Vital statistics of India. Vol. IV, Annual returns from 1871 to 1876. British Army of India, Native Army and jails of Bengal
Year: 1871
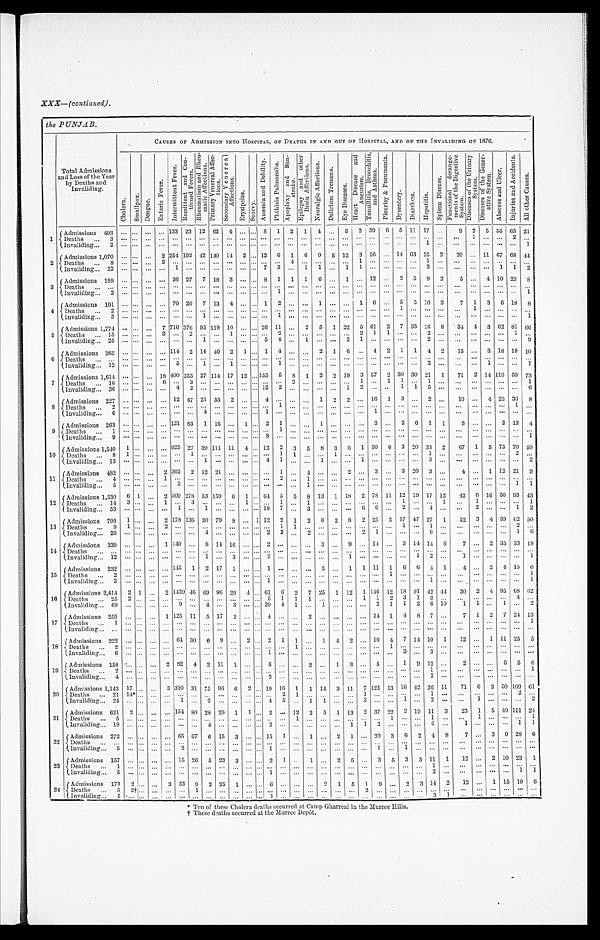
XXX—(continuted).
the PUNJAB.
Total Admissions
and Loss of the Year
by Deaths and
Invaliding .
CAUSES OF ADMISSION INTO HOSPITAL, OF DEATHS IN AND OUT OF HOSPITAL, AND OF THE INVALIDING OF 1876.
C h o l e r a .
S m a l l p o x . D e n g u e .
E n t e r i c F e v e r .
I n t e r m i t t e n t F e v e r .
R e m i t t e n t a n d C o n t i n u e d F e v e r s . R h e u m a t i s m a n d R h e u m a t i c A f f e c t i o n . p r i m a r y V e n e r a l A f f e c t i o n s . S e c o n d a r y V e n e r a l A f f e c t i o n s .
E r y s i p e l a s .
S c u r v y .
A n æ m i a a n d D e b i l i t y . p h t h i s i s P u l m o n a l i s . A p o p l e x y a n d S u n s t r o k e .
E p i l e p s y a n d o t h e r B r a i n A f f e c t i o n .
N e u r a l g i c A f f e c t i o n .
D e l i r i u m T r e m e n a .
E y e D i s e a s e s .
H e a r t D i s e a s e s a n d A n e u r i s m .
T o n s i l i t i s B r o n e h i t s , a n d A s t h m a .
P l e u r i s y & P n e u m o n i a .
D y s e n t e r y .
D i a r r h œ a . H e p a t i t i s .
S p l e e n D i s e a s e s .
F u n c t i o n a l d e r a n g e m e n t s o f t h e D i g e s t i v e S y s t e m .
D i s e a s e s o f t h e U n i a r y S y s t e m .
D i s e a s e s o f t h e G e n e r a t i v e S y s t e m .
A b s c e s s a n d U l c e r .
I n j u r i e s a n d A c c i d e n t s .
A l l o t h e r C a u s e s . A l l o t h e r C a u s e s .
1 Admissions 493 ...
. . . ... ...
1 3 3 23 12 69 4 ... ... 8 1 2 1 4 ... 5 2 39 6 5 11 17 ...
9 2 5 56 65 21
Deaths ... 3
. . . . . . . . . ...
. . .
. . . . . . . . . . . . . . . ... . . . . . . . . . . . . . . . . . .
. . . . . . . . .
...
. . . . . . . . . . . .
. . . 1 . . . . . . 2 . . .
Invaliding... 2
. . . . . . . . . ...
. . .
. . . . . . . . . . . . . . . ... . . . . . . . . . . . . . . . . . .
. . . . . . . . .
...
. . . . . . 1
. . .
. . . . . . . . . . . . . . 1
2
Admissions 1,070 ...
. . . ... 2 254 192 42 140 14 2 ... 12 6 1 6 9 5 12 3 56 ... 14 63 25 2
20 ... 11 67 68 4 4
Deaths ... 8
. . . . . . . . . 2
. . . . . . . . . . . .
. . . . . .
... . . . . . . 4
. . . . . . . . . . . . 1
. . .
...
. . . . . . 1
. . .
. . . . . . . . . . . . . . .
. . .
Invaliding... 22 ...
. . . ... ... 1 ... ... ... .. .. ... 7
3 . . . 1 1
. . . 1 1
. . .
...
. . . . . . 3
. . .
. . . . . . . . . 1 1
2
3
Admissions 189 ...
. . . ... ... 36 27 7 18 3 ... ... 8 1 1 1 6 ... 1 ... 12 ... 2 5 9 2
5 ... 4 10 23 8
Deaths ... ....
. . . . . . . . . ...
. . . . . . . . . . . . . . .
. . .
... . . . . . . . . . . . . . . . . . . . . . . . . . . .
...
. . . . . . . . .
. . .
. . . . . . . . . . . . . . .
. . .
Invaliding... 2
. . . . . . ... ...
. . . . . . . . . . . . ...
. . .
... . . . 1 . . . ... ... ... ... ... ... ...
. . . ... ... ... ... ... ... ...
. . . 1
4
Admissions 191
. . . . . . . ... ... 70 20 7 13 4 ... ... 1 2 ... ... 1 ... ... 1 6 ... 5 5 10 3
7 1 3 6 18 8
Deaths ... 2
. . . . . . . . . ...
. . . . . . . . . . . .
. . . . . .
... . . . . . . . . . . . . . . . . . . . . . . . . . . .
..
1
. . . . . . . . .
. . . 1 . . . . . . . . .
. . .
Invaliding... 3
. . . . . . . . . ...
. . . . . . 1 . . .
. . . . . .
... . . . 1 . . . . . . . . . . . . . . . . . . . . .
...
. . . . . . . . . . . .
. . . . . . . . . . . . . . .
1
5
Admissions 1,774 . . .
. . . ... 7 716 376 95 119 10 ... ... 26 11 ... 2 5 1 22 5 61 2 7 35 16 8
34 4 3 62 81 66
Deaths ... 15 ...
. . . . . . 3
. . . 2
. . . . . .
1 . . .
... . . . 2 . . . . . . . . . . . . . . . 2
1 1
. . . . . . 2
. . .
. . . . . . . . . . . . 1
. . .
Invaliding. ... 25 ...
. . . . . . ...
. . . . . . 1 . . .
. . . . . .
... 5
4 . . . 1 . . . . . . 2 1
. . .
...
. . . . . . 2
. . .
. . . . . . . . . . . . . . .
9
6
Admissions 265 ...
. . . ... ... 114 2 14 40 2 1 ... 1 4 ... ... 2 1 6 ... 4 2 1 1 4 2
15 ... 3 18 18 10
Deaths ... ...
. . . . . . . . . ...
. . . . . . . . . . . . . . . . . .
... . . . . . . . . . . . . . . . . . . . . . ... ... ...
. . .
. . . . . . ...
. . . ... ... ... ...
. . .
Invaliding... 12 ...
. . . ... ... 5 ... 1 ... 1 ... ... ... 1
. . . . . . . . .
. . . . . . . . . . . .
...
. . . . . . 2
. . .
. . . . . . 1
. . . . . .
1
7
Admissions 1,614
. . . . . . . . . 18 4 0 0 353 27 114 17 1 2 ... 155. 5
8 1 2 2 19 3 57 2 30 30 21 1
71 2 14 119 58 73
Deaths ... 16
. . . . . . . . . 6
. . . 3
. . . . . . . . . . . .
... . . . . . . 2
. . . . . . . . . . . . 1
. . .
1
1
. . . 1
. . .
. . . . . . . . . . . . . . .
1
Invaliding... 36 ... . . . ... ... 4 2 ... ... ... ... ... 12
2 . . . . . . . . . . . . 1 2
. . .
...
1
1 5
. . .
. . . . . . . . . . . . . . .
6
8
Admissions 227 . . . . . . ... ... 12 47 21 33 2 ... ... 4 ... ... ... 1 2 2 ... 16 1 3 ... 2 ... 10 ... 4 23 36
8
Deaths ....
2 . . . . . . . . . ...
. . . . . . . . . . . . . . . . . .
... . . . 1 . . . . . . . . . . . . . . . . . . . . . . . . . . . . . . . . . . . .
. . . . . . . . . . . . 1
. . .
Invaliding... 6 . . . . . . . . . ...
. . . . . . 4
. . . . . . . . .
... 1
. . . . . . . . .
. . . . . . . . . . . . 1
. . . . . . . . . . . . . . .
. . . . . . . . . . . . . . . .
. . .
9
Admissions 263 . . . . . . ... ... 121 83 1 16 ... 1 ... 2 1
. . . . . . 1 ... ... ... 3 ... 2 6 1 1
5 ... ... 2 13
4
Deaths
... 1 . . . . . . . . .
...
. . . . . . . . . . . . . . . . . .
... . . . 1 . . . . . .
. . . . . . . . . . . . . . .
...
. . . . . . . . . . . .
. . . . . . . . . . . . . . .
. . .
Invaliding.... 9 . . . . . . . . .
...
. . . . . . . . . . . . . . . . . .
... 8
. . . . . . . . .
. . . . . . . . . . . . . . .
...
. . . . . . . . . . . .
. . . . . . . . . . . . . . .
1
10
Admissions 1,540 1 ...
. . . ... 925 27 39 111 11 4 ... 12 2 3 5
8 3 6 1 50
6 3 20 33 2 67 1 5 75 70 5 0
Deaths ... 8
1 . . . . . .
...
. . . 1
. . . . . . . . . . . .
... . . . 1 1
. . . . . . 1
. . . . . . . . . . . . . . . . . . 1
. . .
. . . . . . . . . . . . 2
. . .
Invaliding... 13
. . . . . . ... ...
. . . ... 1 ... ... ... ... 4 1
. . . . . .
1
. . . . . . 1
. . . . . . . . . . . . 3
. . .
. . . . . . . . . . . . . . .
2
11
Admissions 482
. . . . . . . . . 2 362 2 12 21 ... ... ... . . . 1
. . . 4
. . .
..... 2 ... 3 ... 3 20 3 ...
4 ... 1 12 21 9
Deaths
4 . . . . . .
. . .
1
. . . . . .
. . . . . . . . . . . .
... . . . 2
. . . 1 ...
. . . . . . . . . . . . ...
. . . . . . ...
. . .
. . . ... ... ... ...
. . .
Invaliding... 5 . . . . . . . . . . . . 2 . . . . . . . . . . . . . . .
... . . . . . . . . . 1 . . . ...
. . . ... ... ... ...
. . . . . . ... ...
. . . ...
. . . 1 1
12
Admissions 1,530 6 1 ... 2 509 278 53 159 6 1 ... 64 5 5 8 13 1 18 2 78 11 12 19 17 12
42 6 16 50 93 43
Deaths ... 14 3 ... ... 1 ... 3 ... ... ... 1 ... ... 1 ... 1
. . . ... ... ... ... ...
1
. . . . . . 1
. . . 1 . . . . . . . . .
1
Invaliding... 53 . . . . . .
. . . . . . 1
. . . 1
. . . . . . . . .
... 18 7
. . . 3
. . . . . . . . . 6
6 ...
2
. . . 4
. . .
. . . 2 . . . . . . 1
2
Admissions 799 1 ... .., 2 178 136 30 79 8 ... 1 19 2 1 2 6 2 8 2 25 2 17 47 27 1
52 3 4 39 62 50
Deaths ... 9
1 . . . . . . 2 . . . . . . . . . . . . . . . . . .
... . . . 1 1
. . . . . . . . . . . . . . . . . . . . . 1
. . . 1
. . .
. . . . . . . . . . . . 2
. . .
Invaliding... 26
. . . . . . . . . . . . . . . . . . 4
. . . . . . . . .
... 2
2 . . . 2 . . . . . . . . . 2
1
. . . . . . . . . 6
. . .
. . . . . . . . . . . . 1 6
14
Admissions 339 ... ... ... 1 140 ... 8 14 16 ... ... 2 ... ... ... 3 ... 9 ... 14 ... 3 14 14 6
7
. . . 2 35 33 18
Deaths ... ...
. . . . . . . . . ...
. . . . . . . . . . . . . . . . . . ... . . . . . . ...
. . . ...
. . . ...
. . . . . . ...
. . . . . . . . . . . . . . .
. . . . . . . . . . . . . . .
Invaliding... 12
. . . . . . ... ... ...
. . .
1
. . . 3 . . .
... 2
. . . ... ... ... ...
1 . . . . . .
...
. . . 1 2
. . .
1
. . . . . . . . . . . .
1
15
Admissions 232 ... ...
. . . ... 145 1 2 17 1 ... ... 1 ... ... ... 3 ... 1 1 11 1 6 6 4 1
4 ... 2 4 15 6
Deaths ... 2 ... ...
. . . ...
. . . ... ... ... ...
. . .
.... . . . . . . . . . . . . . . . . . . . . . . . . . . . 1
. . . . . . . . . . . .
. . . . . . . . . . . . ... 1
Invaliding... 3
. . . . . . . . .
...
. . . . . . . . . . . . . . . . . .
... 1
. . . . . . . . . . . . . . . . . . . . . . . . . . . . . . . . . 1
. . .
. . . . . . . . . . . . . . .
1
1 6
Admissions 2,414 2 1 ... 2
1 4 3 9 46 69 96 26 4 ... 61 6 2 7 25 1 12 1 146 12 18 91 42 44 30 2 4 95 68 62
Deaths ... 25
2 . . . . . . . . . . . . . . . . . . . . . . . . . . .
... 5
1 1
1 . . . . . . . . . 1
1 2
3
1 3
. . .
. . . . . . . . . . . . 4
. . .
Invaliding... 69 ... ...
. . . ... 9 ... 4 ... 3 ... ... 20 4 1 ... 1
. . .
... ...
. . . 2 1 1 2 6 10
1 1 ...
1 . . . 2
17
Admissions 255 ... .. ... 1 125 11 5 17 2 ... ... 4 ... ... 2
. . . . . .
........... . . . 14 1 4 8 7 ...
7 1 2 7 24 13
Deaths ... 1
...
. . . . . . ...
. . . . . . . . . . . . . . . . . .
... . . . . . . . . . . . . . . . . . . . . . . . . . . . . ... . . . . . . . . . . . . . . .
. . . . . . . . . . . . 1
Invaliding... ... . . . . . . . . .
...
. . . . . . . . . . . . . . . . . .
... . . . . . . . . . . . . . . . ...
. . . . . . . . . ...
. . . ...
. . . . . . ...
. . . ...
. . . ...
. . .
18
Admissions 222 ... ... ... ... 64 30
6 9 ... 2 ... 2 1 1 ... 1 4
2 ... 10 4 7 14 10 1
12 ... 1 11 25 5
Deaths ... 2 ... ... .. . ...
. . . . . . . . . . . . . . . . . .
... . . . . . . 1
. . . . . . . . . . . . . . . . . 1
. . . . . . . . . . . .
. . . . . . . . . . . . . . .
. . .
I n v a l i d i n g . . . 6 . . . . . . . . .
...
. . . . . . . . . . . . . . . . . .
... 1
. . . . . . . . . . . . . . . . . . . . . . . . . . . 2
. . . 3
. . . ... ... ... ... ... ...
19
Admissions 158 ... ... ... 2 82 4 2 11 1 ... ... 5
. . . ...
2 ... 1 3 ... 5 ... 1 9 12
. . .
2 ... ... 5 5
6
Deaths ... 2
. . . . . . . . . . . . . . . . . . . . . . . . . . . . . .
... . . . . . . . . . . . . . . . . . . . . . . . . . . . ...
. . . . . . 1
. . .
. . . . . . . . . . . . . . .
1
I n v a l i d i n g . . . 4 . . . . . . . . . . . . . . . . . . . . . . . . . . . . . .
... 2
. . . . . . . . . . . . . . . .
. . . . . . . . .
...
. . . . . . 2
. . .
. . . . . . . . . . . . . . .
. . .
20
Admissions 1,143 17 ...
. . . 3 310 31 75 96 6 2 ... 19 16 1 1 14 3 11 7 123 13 16 49 26 11
71 6 3 50 109 61
Deaths ... 21 14 ‫٭‬ . . . . . . . . . . . . . . . . . . . . . . . . . . . ... . . . 2 1
. . . . . . . . . . . . 1
. . .
...
. . . . . . 1
. . .
. . . . . . . . . . . . 2
. . .
Invaliding... 24
. . . . . . . . . . . . 1 . . . 3
. . . . . . . . .
... 4
5 . . . 1 1
. . . . . . 3
. . .
...
1
. . . 2
. . .
. . . 1 . . . . . . . . .
2
21
Admissions 621 2 . . . ... ... 154 80 28 20 1 1 ... 2
. . . 12 2 5 1 13 2 37 22 2 19 11 3
23 1 5 40 111 24
Deaths ... 5 ... ...
. . . ...
. . . ...
. . . . . . . . . . . .
... . . . . . . 1
. . . . . . . . . . . . . . . . . .
1
. . . . . . 1
. . .
. . . 1 . . . . . . . . .
1
I n v a l i d i n g . . . 1 9 . . . . . . . . . . . . . . . . . . 4
. . . . . . . . .
... 2
. . . . . . . . . . . . . . . 1 1
2 ...
. . . . . . 6
. . .
1 . . . . . . . . . 1
1
22
Admissions 272 ... ... ... ... 65
6 7 6 15 3 ... ... 15 1 ... 1 ... 2 1 ... 20 3
6 2 4
8
7 ... 3 9 28
6
Deaths.. ... ... ... . . . . . .
. . . ... ... ... ... ... ... ...
. . . ... ...
. . . .... ... ... ... ...
. . . ... ... ....
. . .
. . . ...
. . . ... ...
Invaliding.... 5 ... ... ... ... 2 ... ...
. . . ...
. . .
... 1
. . . . . . . . . . . . . . . . . . . . . 1
. . . 1
. . . . . . . . .
. . . . . . . . . . . . . . .
. . .
23
Admissions 157 ... . . . ...
15 26 5 23 3 ... ... 2 1 . . 1 ... 2 5 ... 3 5 3 3 11 1
12 ... 2 10 23 1
Deaths ... 1
. . . . . . . . . . . . . . . . . . . . . . . . . . . . . .
... . . . . . . . . . . . . . . . . . . . . . . . . . . . . . . . . . . . . 1
. . .
. . . . . . . . . . . . . . .
. . .
Invaliding...
5
. . . . . . . . . . . . . . . . . . . . . . . . . . . . . .
... 1
. . . . . . . . . . . . . . . . . . . . . . . . . . . . . . . . . 2
. . .
. . . . . . . . . . . . 1
1
2 4
Admissions 173 2 . . . . ... 3 33 9 2 25 1 ... ...6
... ... ... 2 1 5 1 9 ... 2 3 14 2
12 ... 1 15 19
6
Deaths ... 5
2 † . . . . . . . . . . . . 1
. . . . . . . . . . . .
... . . . . . . . . . . . . . . . . . . . . . 2
. . . . . . . . . . . . . . . . . .
. . . . . . . . . . . . . . .
. . .
I n v a l i d i n g . . . 5 . . .
. . . . . . . . . ... ... ...
. . . . . . . . .
... 1
. . . . . . . . . . . . . . . . . . . . . . . . . . . . . . . . . 3
1
. . . . . . . . . . . . . . .
. . .
‫٭‬T
e n o f t h e s e C h o l e r a d e a t h s o c c u r r e d a t C a m p G h a r r e a l i n t h e M u r r e e H i l l s .
† T h e s e d e a t h s o c c u r r e d a t t h e M u r r e e D e p ô t .